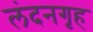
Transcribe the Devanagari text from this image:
लंदनगृह